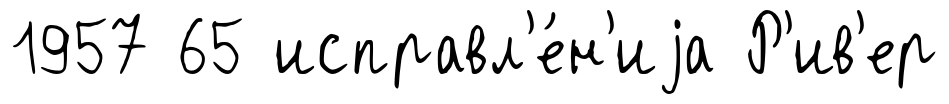
1957 65 исправл'е́н'иjа Р'ив'ер